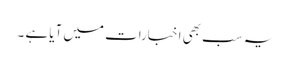
یہ سب بھی اخبارات میں آیا ہے ۔